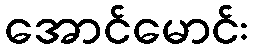
အောင်မောင်း